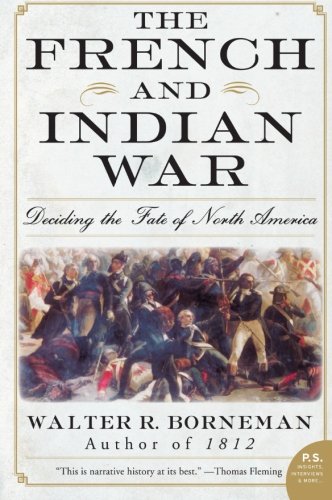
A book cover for The French and Indian War: Deciding the Fate of North America; Walter R. Borneman; History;